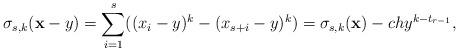
LaTeX: \begin{align*}\sigma_{s,k}(\mathbf{x} -y) = \sum_{i=1}^s ( (x_i - y)^{k} - (x_{s+i} - y)^{k} )= \sigma_{s,k}(\mathbf{x}) - chy^{k - t_{r-1}},\end{align*}